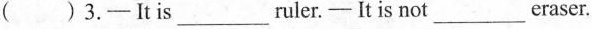
( )3.-Itis___ ruler.- Itis not___ eraser.